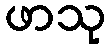
ဖာသု